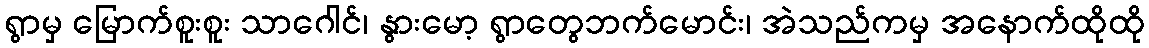
ရွာမှ မြောက်စူးစူး သာဂေါင်၊ နွားမော့ ရွာတွေဘက်မောင်း၊ အဲသည်ကမှ အနောက်ထိုထို